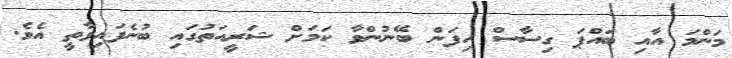
މަންމަ އާއި ބައްޕަ ގިސާސް ހިފަން ބޭނުންވާ ކަމަށް ޝަރީއަތުގައި ބުނެފައިވާތީ އެވެ.